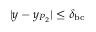
| y - y _ { P _ { 2 } } | \leq \delta _ { \mathrm { b c } }